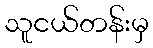
သူငယ်တန်းမှ